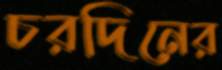
চরদিনের